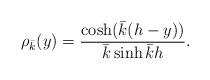
LaTeX: \begin{align*} \rho_{\bar k}(y) = \frac{\cosh(\bar k(h- y))}{{\bar k} \sinh {\bar k} h}.\end{align*}